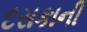
દસકાની